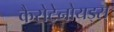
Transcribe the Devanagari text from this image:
कैरोटेनोयड्स